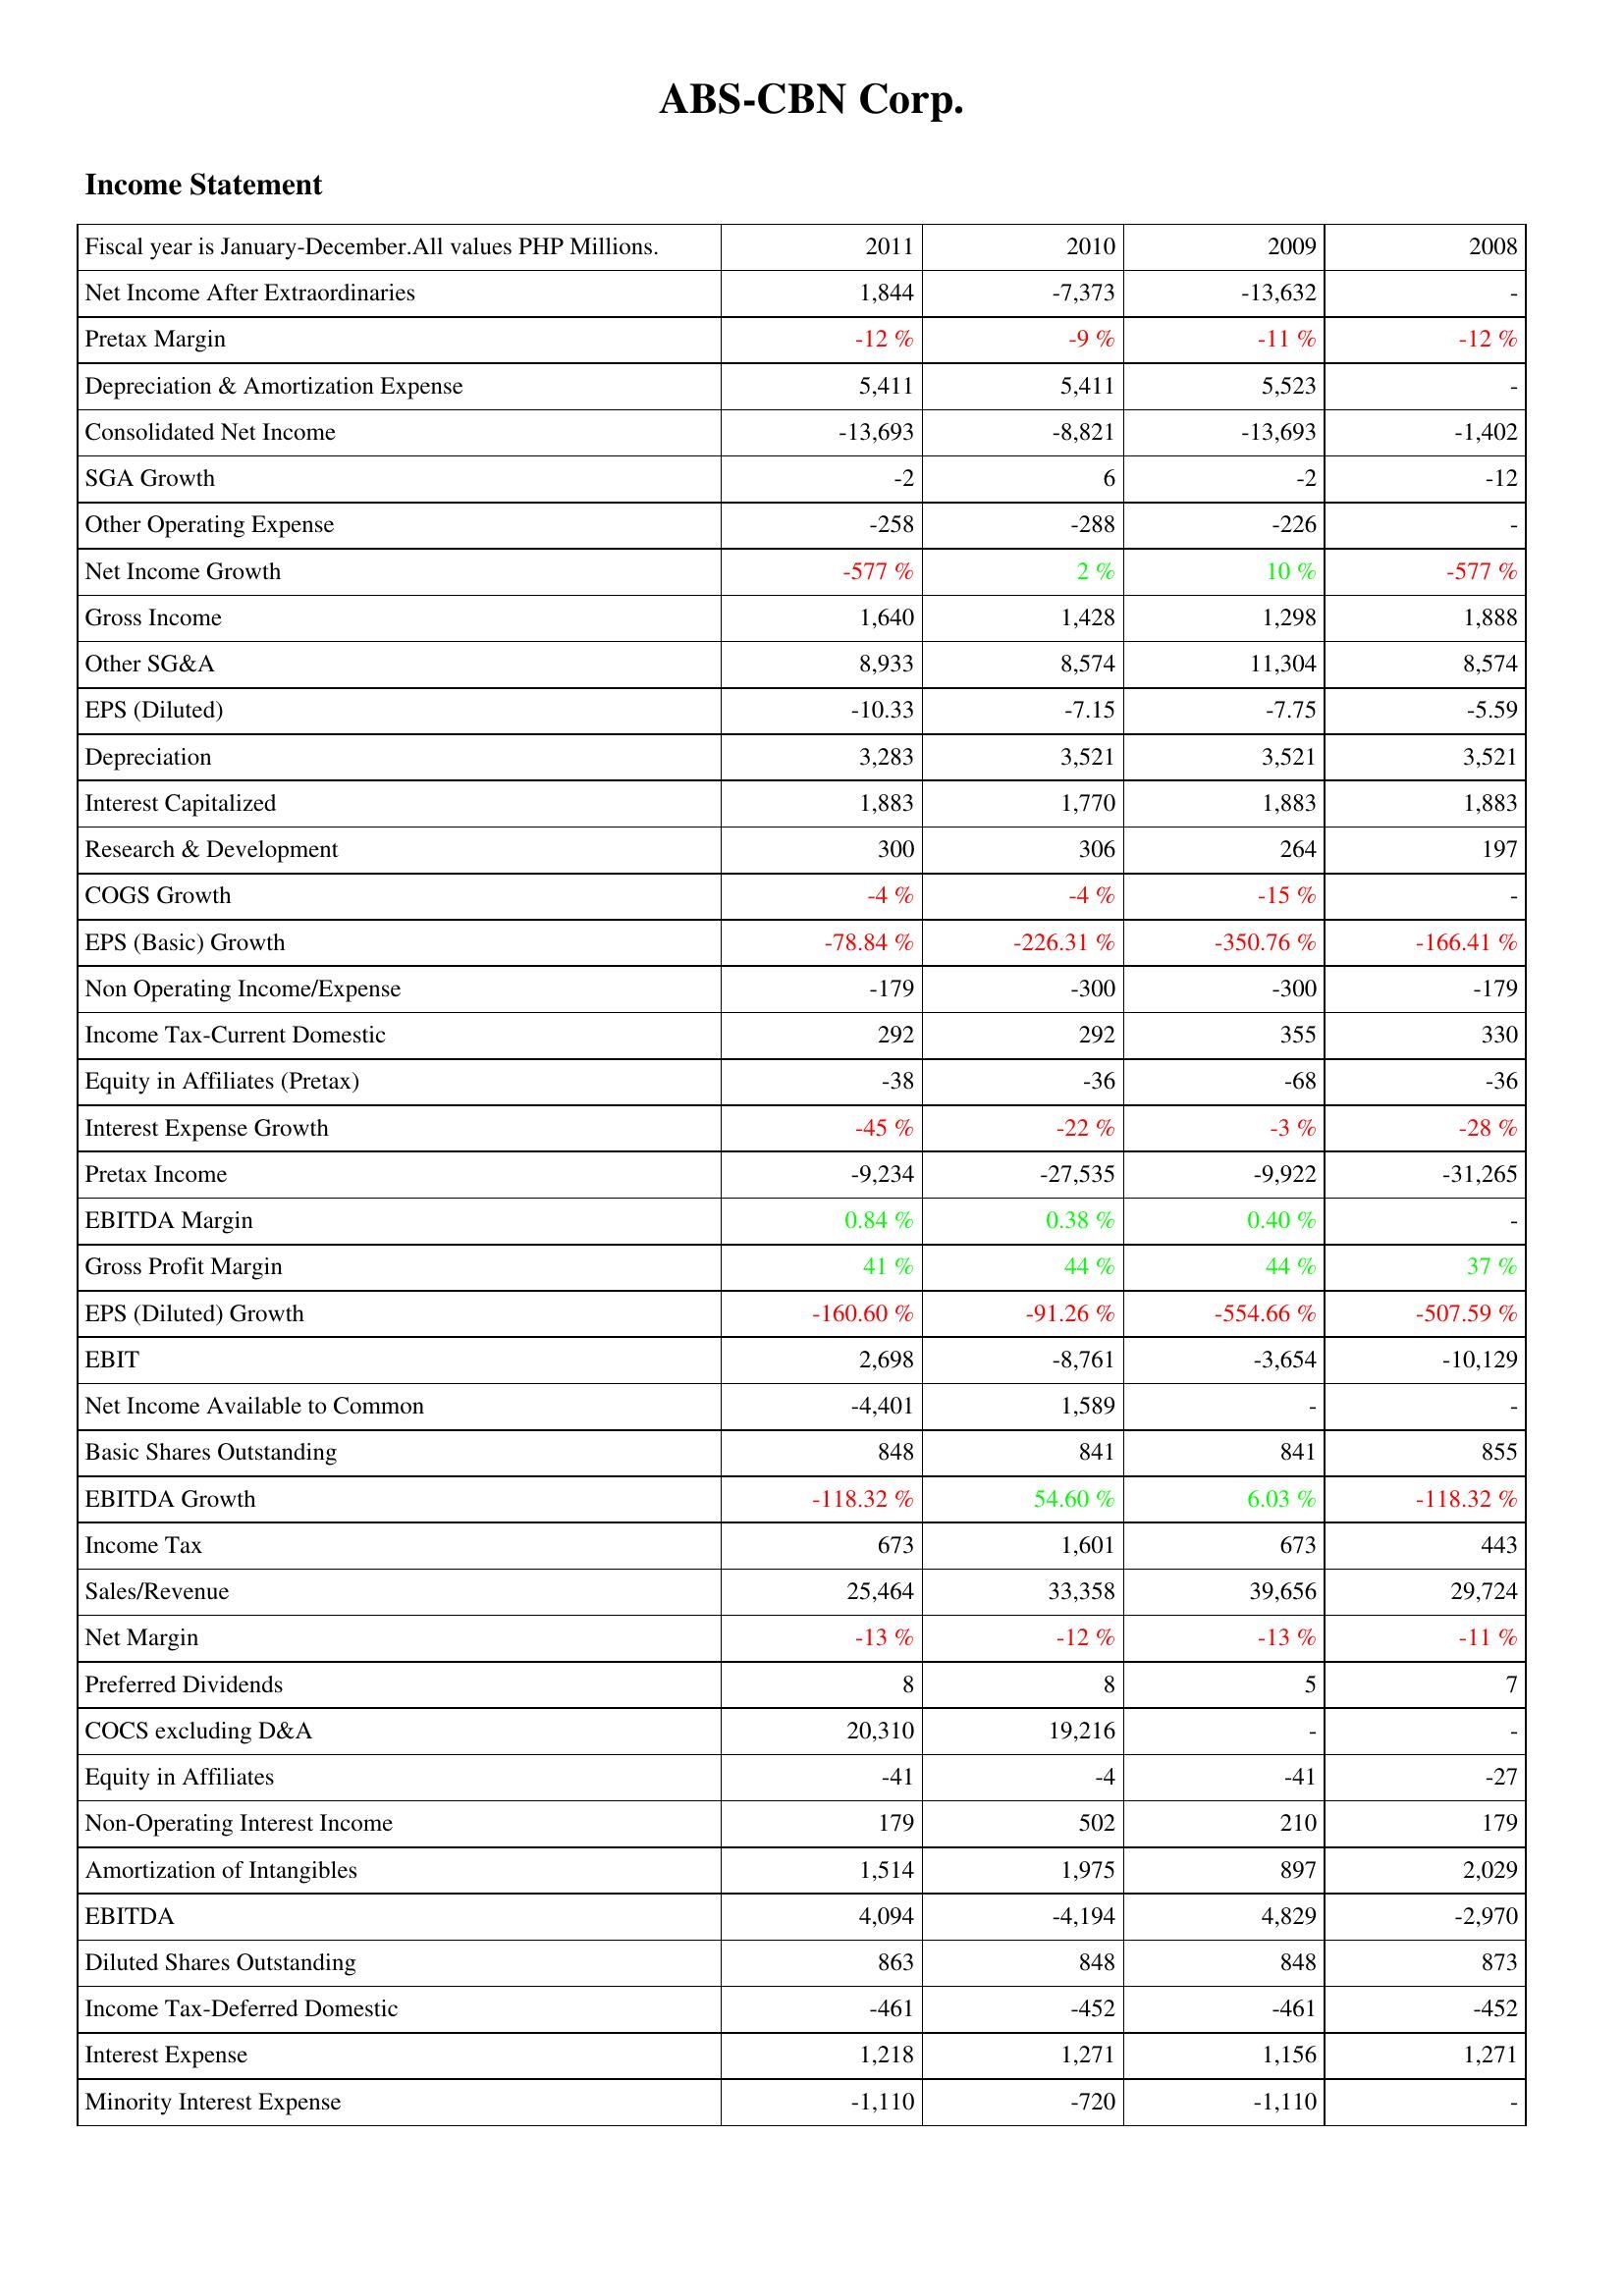
2011: Income Statement: Net Income After Extraordinaries: 1,844
Pretax Margin: -12 %
Depreciation & Amortization Expense: 5,411
Consolidated Net Income: -13,693
SGA Growth: -2
Other Operating Expense: -258
Net Income Growth: -577 %
Gross Income: 1,640
Other SG&A: 8,933
EPS (Diluted): -10.33
Depreciation: 3,283
Interest Capitalized: 1,883
Research & Development: 300
COGS Growth: -4 %
EPS (Basic) Growth: -78.84 %
Non Operating Income/Expense: -179
Income Tax-Current Domestic: 292
Equity in Affiliates (Pretax): -38
Interest Expense Growth: -45 %
Pretax Income: -9,234
EBITDA Margin: 0.84 %
Gross Profit Margin: 41 %
EPS (Diluted) Growth: -160.60 %
EBIT: 2,698
Net Income Available to Common: -4,401
Basic Shares Outstanding: 848
EBITDA Growth: -118.32 %
Income Tax: 673
Sales/Revenue: 25,464
Net Margin: -13 %
Preferred Dividends: 8
COCS excluding D&A: 20,310
Equity in Affiliates: -41
Non-Operating Interest Income: 179
Amortization of Intangibles: 1,514
EBITDA: 4,094
Diluted Shares Outstanding: 863
Income Tax-Deferred Domestic: -461
Interest Expense: 1,218
Minority Interest Expense: -1,110
2010: Income Statement: Net Income After Extraordinaries: -7,373
Pretax Margin: -9 %
Depreciation & Amortization Expense: 5,411
Consolidated Net Income: -8,821
SGA Growth: 6
Other Operating Expense: -288
Net Income Growth: 2 %
Gross Income: 1,428
Other SG&A: 8,574
EPS (Diluted): -7.15
Depreciation: 3,521
Interest Capitalized: 1,770
Research & Development: 306
COGS Growth: -4 %
EPS (Basic) Growth: -226.31 %
Non Operating Income/Expense: -300
Income Tax-Current Domestic: 292
Equity in Affiliates (Pretax): -36
Interest Expense Growth: -22 %
Pretax Income: -27,535
EBITDA Margin: 0.38 %
Gross Profit Margin: 44 %
EPS (Diluted) Growth: -91.26 %
EBIT: -8,761
Net Income Available to Common: 1,589
Basic Shares Outstanding: 841
EBITDA Growth: 54.60 %
Income Tax: 1,601
Sales/Revenue: 33,358
Net Margin: -12 %
Preferred Dividends: 8
COCS excluding D&A: 19,216
Equity in Affiliates: -4
Non-Operating Interest Income: 502
Amortization of Intangibles: 1,975
EBITDA: -4,194
Diluted Shares Outstanding: 848
Income Tax-Deferred Domestic: -452
Interest Expense: 1,271
Minority Interest Expense: -720
2009: Income Statement: Net Income After Extraordinaries: -13,632
Pretax Margin: -11 %
Depreciation & Amortization Expense: 5,523
Consolidated Net Income: -13,693
SGA Growth: -2
Other Operating Expense: -226
Net Income Growth: 10 %
Gross Income: 1,298
Other SG&A: 11,304
EPS (Diluted): -7.75
Depreciation: 3,521
Interest Capitalized: 1,883
Research & Development: 264
COGS Growth: -15 %
EPS (Basic) Growth: -350.76 %
Non Operating Income/Expense: -300
Income Tax-Current Domestic: 355
Equity in Affiliates (Pretax): -68
Interest Expense Growth: -3 %
Pretax Income: -9,922
EBITDA Margin: 0.40 %
Gross Profit Margin: 44 %
EPS (Diluted) Growth: -554.66 %
EBIT: -3,654
Net Income Available to Common: -
Basic Shares Outstanding: 841
EBITDA Growth: 6.03 %
Income Tax: 673
Sales/Revenue: 39,656
Net Margin: -13 %
Preferred Dividends: 5
COCS excluding D&A: -
Equity in Affiliates: -41
Non-Operating Interest Income: 210
Amortization of Intangibles: 897
EBITDA: 4,829
Diluted Shares Outstanding: 848
Income Tax-Deferred Domestic: -461
Interest Expense: 1,156
Minority Interest Expense: -1,110
2008: Income Statement: Net Income After Extraordinaries: -
Pretax Margin: -12 %
Depreciation & Amortization Expense: -
Consolidated Net Income: -1,402
SGA Growth: -12
Other Operating Expense: -
Net Income Growth: -577 %
Gross Income: 1,888
Other SG&A: 8,574
EPS (Diluted): -5.59
Depreciation: 3,521
Interest Capitalized: 1,883
Research & Development: 197
COGS Growth: -
EPS (Basic) Growth: -166.41 %
Non Operating Income/Expense: -179
Income Tax-Current Domestic: 330
Equity in Affiliates (Pretax): -36
Interest Expense Growth: -28 %
Pretax Income: -31,265
EBITDA Margin: -
Gross Profit Margin: 37 %
EPS (Diluted) Growth: -507.59 %
EBIT: -10,129
Net Income Available to Common: -
Basic Shares Outstanding: 855
EBITDA Growth: -118.32 %
Income Tax: 443
Sales/Revenue: 29,724
Net Margin: -11 %
Preferred Dividends: 7
COCS excluding D&A: -
Equity in Affiliates: -27
Non-Operating Interest Income: 179
Amortization of Intangibles: 2,029
EBITDA: -2,970
Diluted Shares Outstanding: 873
Income Tax-Deferred Domestic: -452
Interest Expense: 1,271
Minority Interest Expense: -